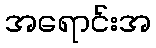
အရောင်းအ